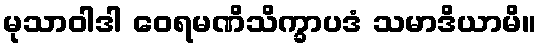
မုသာဝါဒါ ဝေရမဏိသိက္ခာပဒံ သမာဒိယာမိ။